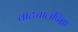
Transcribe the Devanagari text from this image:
वाटचालीपेक्षा